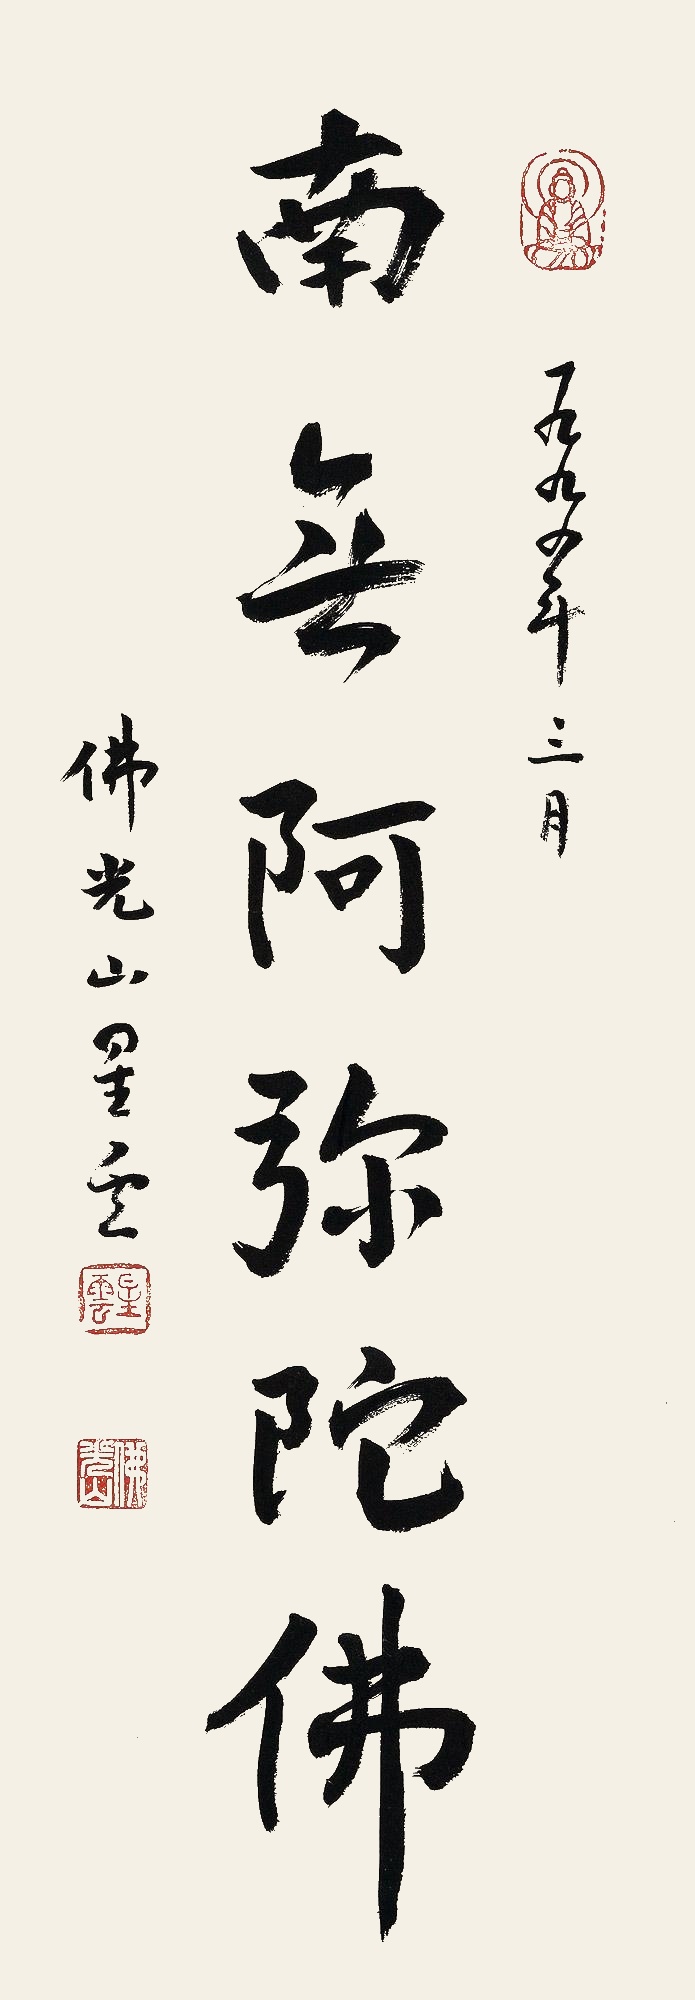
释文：南无阿弥陀佛一九九四年三月，佛光山星云。